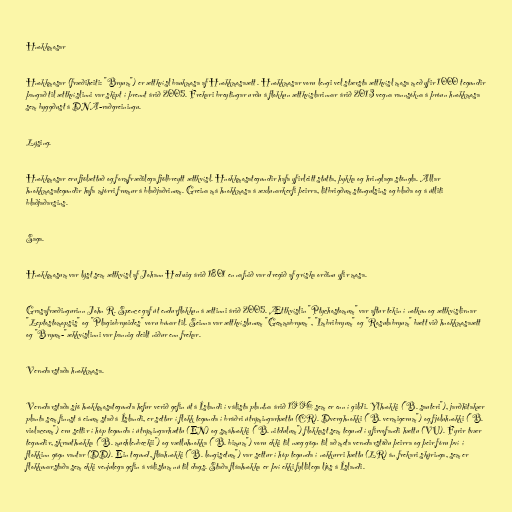
Hnokkmosar

Hnokkmosar (fræðiheiti: "Bryum") er ættkvísl baukmosa af Hnokkmosaætt . Hnokkmosar voru lengi vel stærsta ættkvísl mosa með yfir 1000 tegundir
þangað til ættkvíslinni var skipt í þrennt árið 2005. Frekari breytingar urðu á flokkun ættkvíslarinnar árið 2013 vegna rannsókna á þróun hnokkmosa
sem byggðust á DNA-raðgreiningu.

Lýsing.

Hnokkmosar eru fjölættuð og formfræðilega fjölbreytt ættkvísl. Hnokkmosategundir hafa yfirleitt stutta, þykka og hringlaga stöngla. Allar
hnokkmosategundir hafa mjórri frumur á blaðjaðrinum. Greina má hnokkmosa á æxlunarkerfi þeirra, litbrigðum stöngulsins og blaða og á útliti
blaðjaðarsins.

Saga.

Hnokkmosum var lýst sem ættkvísl af Johann Hedwig árið 1801 en nafnið var dregið af gríska orðinu yfir mosa.

Grasafræðingurinn John R. Spence gaf út endurflokkun á ættinni árið 2005. Ættkvíslin "Ptychostomum" var aftur tekin í notkun og ættkvíslirnar
"Leptostomopsis" og "Plagiobryoides" voru búnar til. Seinna var ættkvíslunum "Gemmabryum", "Imbribryum" og "Rosulabryum" bætt við hnokkmosaætt
og "Bryum-"ækkvíslinni var þannig deilt niður enn frekar.

Verndarstaða hnokkmosa.

Verndarstaða sjö hnokkmosategunda hefur verið gefin út á Íslandi í válista plantna árið 1996 sem er enn í gildi. Ylhnokki ("B. sauteri"), jarðhitakær
planta sem finnst á einum stað á Íslandi, er settur í flokk tegunda í bráðri útrýmingarhættu (CR). Dverghnokki ("B. vermigerum") og fjóluhnokki ("B.
violaceum") eru settir í hóp tegunda í útrýmingarhættu (EN) og smáhnokki ("B. nitdulum") flokkast sem tegund í yfirvofandi hættu (VU). Fyrir tvær
tegundir, skrauthnokka ("B. muehlenbeckii") og vætluhnokka ("B. bimum") voru ekki til næg gögn til að meta verndarstöðu þeirra og þeir fóru því í
flokkinn gögn vantar (DD). Ein tegund, fláahnokki ("B. longisetum") var settur í hóp tegunda í nokkurri hættu (LR) án frekari skýringa, sem er
flokkunarstaða sem ekki venjulega gefin á válistum nú til dags. Staða fláahnokka er því ekki fyllilega ljós á Íslandi.